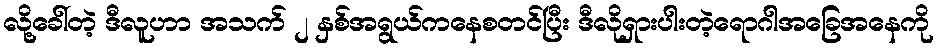
လို့ခေါ်တဲ့ ဒီလူဟာ အသက် ၂ နှစ်အရွယ်ကနေစတင်ပြီး ဒီလိုရှားပါးတဲ့ရောဂါအခြေအနေကို